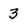
Character: 3